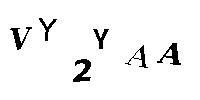
VY2YAA